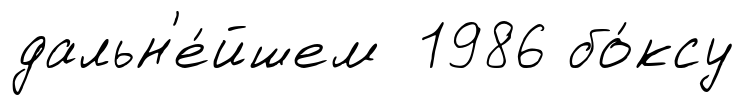
дальн'е́йшем 1986 бо́ксу